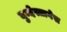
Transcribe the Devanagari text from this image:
बुन्देस्तागेस